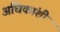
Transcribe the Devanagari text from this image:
अधिकांशी